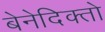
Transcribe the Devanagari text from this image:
बेनेदिक्तो